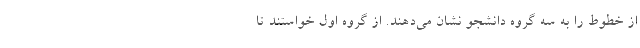
از خطوط را به سه گروه دانشجو نشان می‌دهند. از گروه اول خواستند تا